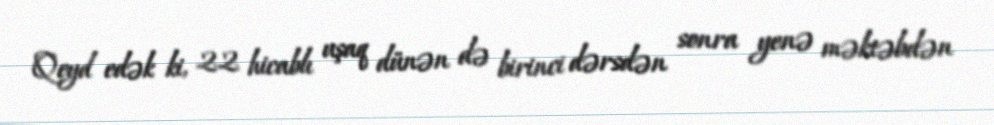
Qeyd edək ki, 22 hicablı uşaq dünən də birinci dərsdən sonra yenə məktəbdən